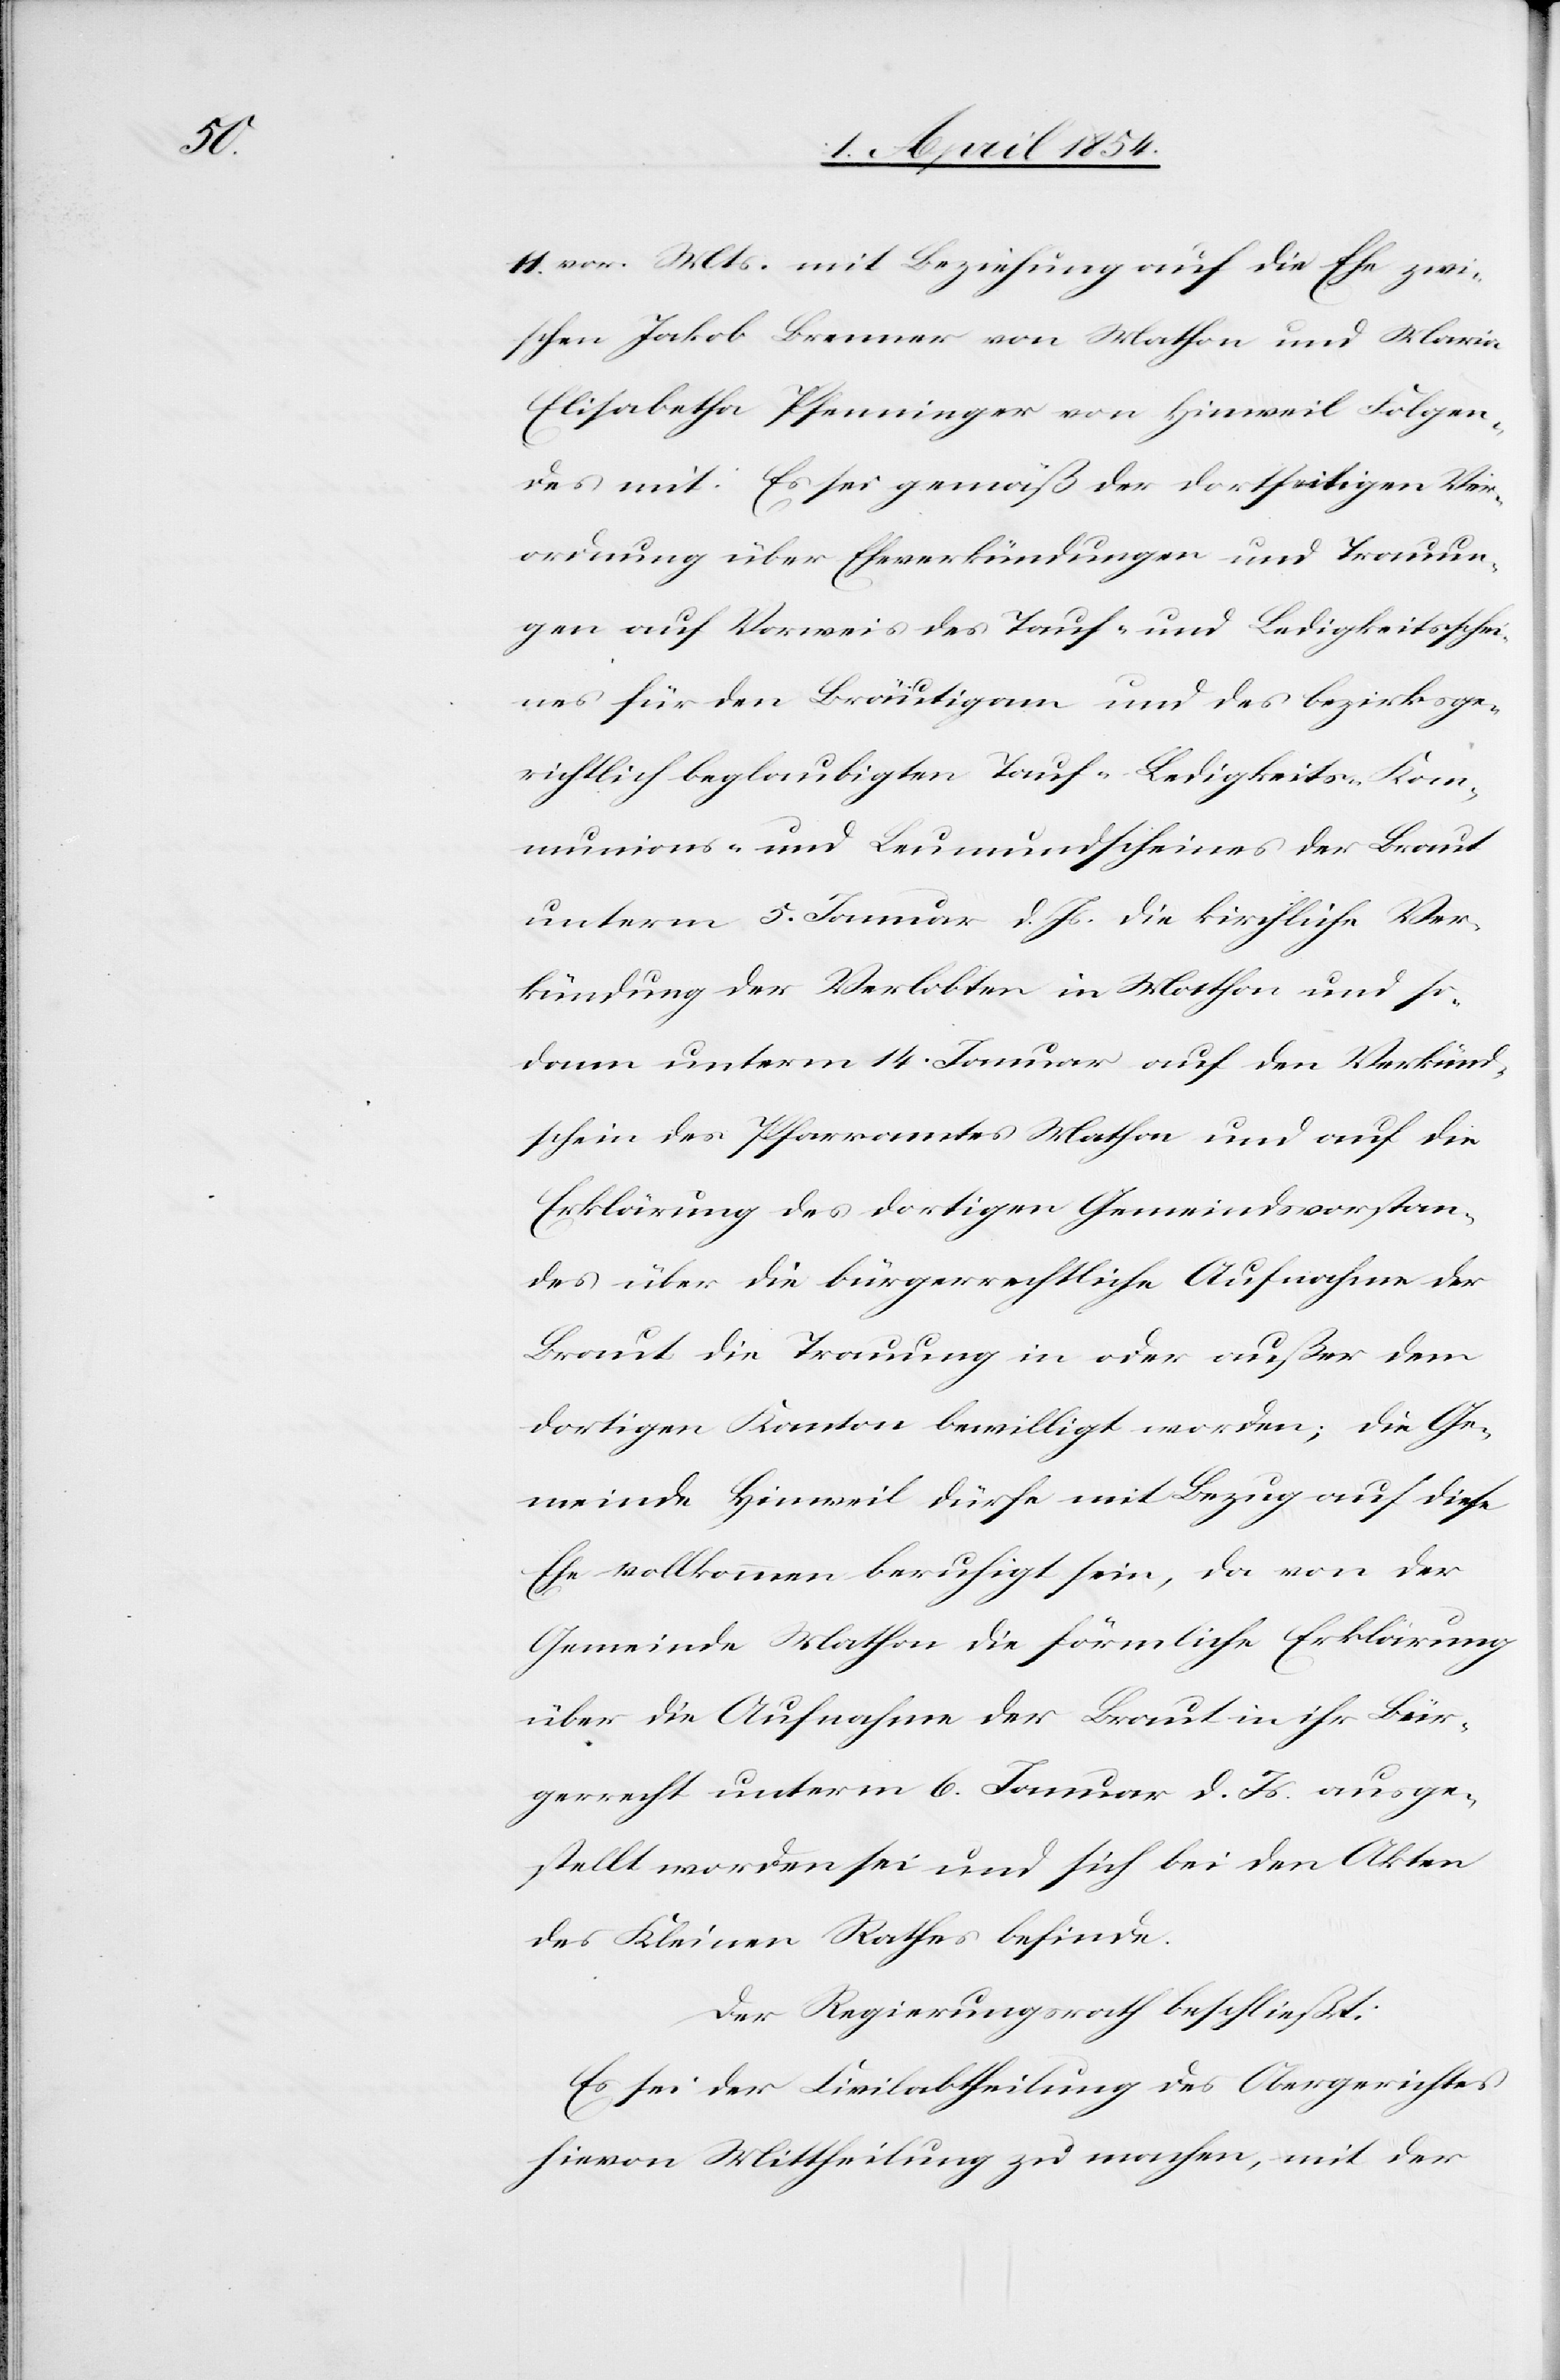
11. vor. Mts mit Beziehung auf die Ehe zwi¬
schen Jakob Brenner von Mathon und Maria
Elisabetha Pfenninger von Hinweil Folgen¬
des mit: Es sei gemäß der dortseitigen Ver¬
ordnung über Eheverkündigungen und Trennun¬
gen auf Vorweis des Tauf- und Ledigkeitsschei¬
nes für den Bräutigam und des bezirksge¬
richtlich beglaubigten Tauf-[,] Ledigkeits-[,] Kom¬
munions- und Leumundscheines der Braut
unterm 5. Januar d. Js. die kirchliche Ver¬
kündung der Verlobten in Mathon und so¬
dann unterm 14. Januar auf den Verkünd¬
schein des Pfarramtes Mathon und auf die
Erklärung des dortigen Gemeindsvorstan¬
des über die bürgerrechtliche Aufnahme der
Braut die Trauung in oder außer dem
dortigen Kanton bewilligt worden; die Ge¬
meinde Hinweil dürfe mit Bezug auf diese
Ehe vollkommen beruhigt sein, da von der
Gemeinde Mathon die förmliche Erklärung
über die Aufnahme der Braut in ihr Bür¬
gerrecht unterm 6. Januar d. Js. ausge¬
stellt worden sei und sich bei den Akten
des kleinen Rathes befinde.
Der Regierungsrath beschließt:
Es sei der Civilabtheilung des Obergerichtes
hievon Mittheilung zu machen, mit der